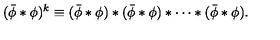
( \bar { \phi } \ast \phi ) ^ { k } \equiv ( \bar { \phi } \ast \phi ) \ast ( \bar { \phi } \ast \phi ) \ast \cdots \ast ( \bar { \phi } \ast \phi ) .